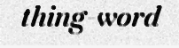
thing-word